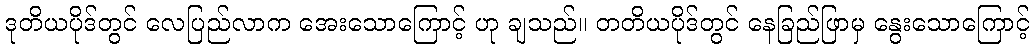
ဒုတိယပိုဒ်တွင် လေပြည်လာက အေးသောကြောင့် ဟု ချသည်။ တတိယပိုဒ်တွင် နေခြည်ဖြာမှ နွေးသောကြောင့်